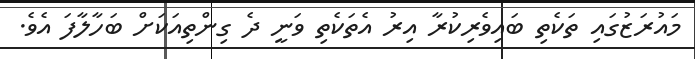
މައުރަޒުގައި ތަކެތި ބައިވެރިކުރާ އިރު އެތަކެތި ވަނީ ދެ ގިންތިއަކަށް ބަހާލާފަ އެވެ.